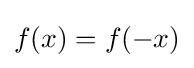
f(x)=f(-x)